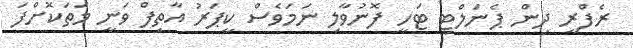
ރެފްރީ ދިން ޕެނަލްޓީ ޓަހީ ފޮނުވާލި ނަމަވެސް ކީޕަރު އާތިފް ވަނީ މަތަކޮށްފަ